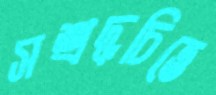
সশ্রদ্ধচিত্তে